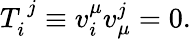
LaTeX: T_{i}^{~j}\equiv v_{i}^{\mu}v_{\mu}^{j}=0.